Indian journal of veterinary science and animal husbandry - Volumes 18-21, 1948-1951
Year: 1948
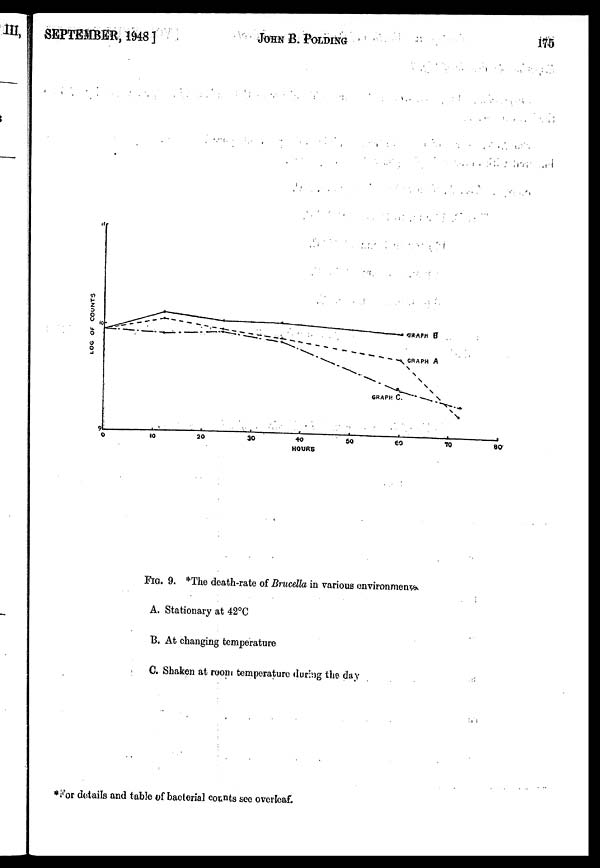
SEPTEMBER, 1948]
JOHN
B.
POLDING
175
FIG. 9. *The death-rate of Brucella in various environments
A. Stationary at 42°C
B. At changing temperature
C. Shaken at room temperature during the day
*For details and table of bacterial counts see overleaf.